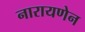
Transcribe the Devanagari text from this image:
नारायणेन